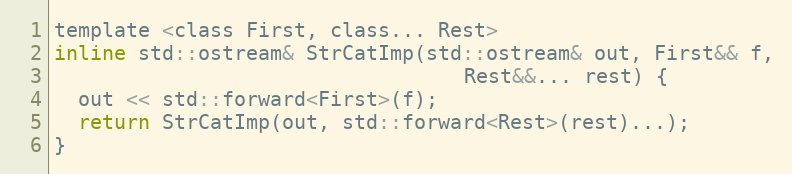
Language: C
template <class First, class... Rest>
inline std::ostream& StrCatImp(std::ostream& out, First&& f,
                                  Rest&&... rest) {
  out << std::forward<First>(f);
  return StrCatImp(out, std::forward<Rest>(rest)...);
}